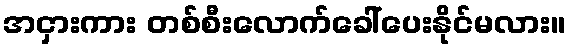
အငှားကား တစ်စီးလောက်ခေါ်ပေးနိုင်မလား။